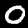
Label: 0